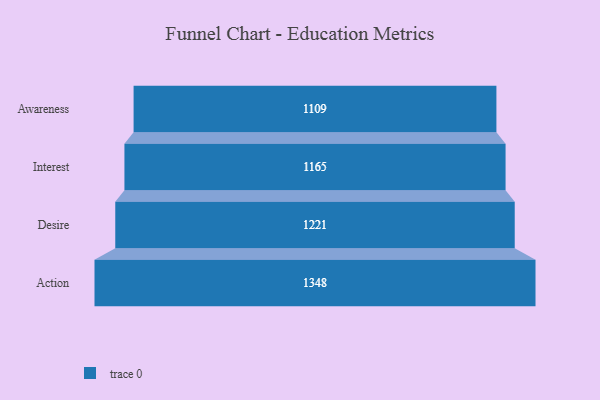
{"axis": {"x": "Stage", "y": "Value"}, "legend": [""], "data": [{"x": "Awareness", "y": 1109.0, "type": ""}, {"x": "Interest", "y": 1165.0, "type": ""}, {"x": "Desire", "y": 1221.0, "type": ""}, {"x": "Action", "y": 1348.0, "type": ""}]}